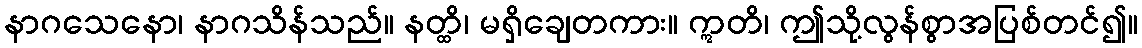
နာဂသေနော၊ နာဂသိန်သည်။ နတ္ထိ၊ မရှိချေတကား။ ဣတိ၊ ဤသို့လွန်စွာအပြစ်တင်၍။